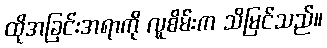
ထိုအခြင်းအရာကို လူစိမ်းက သိမြင်သည်။